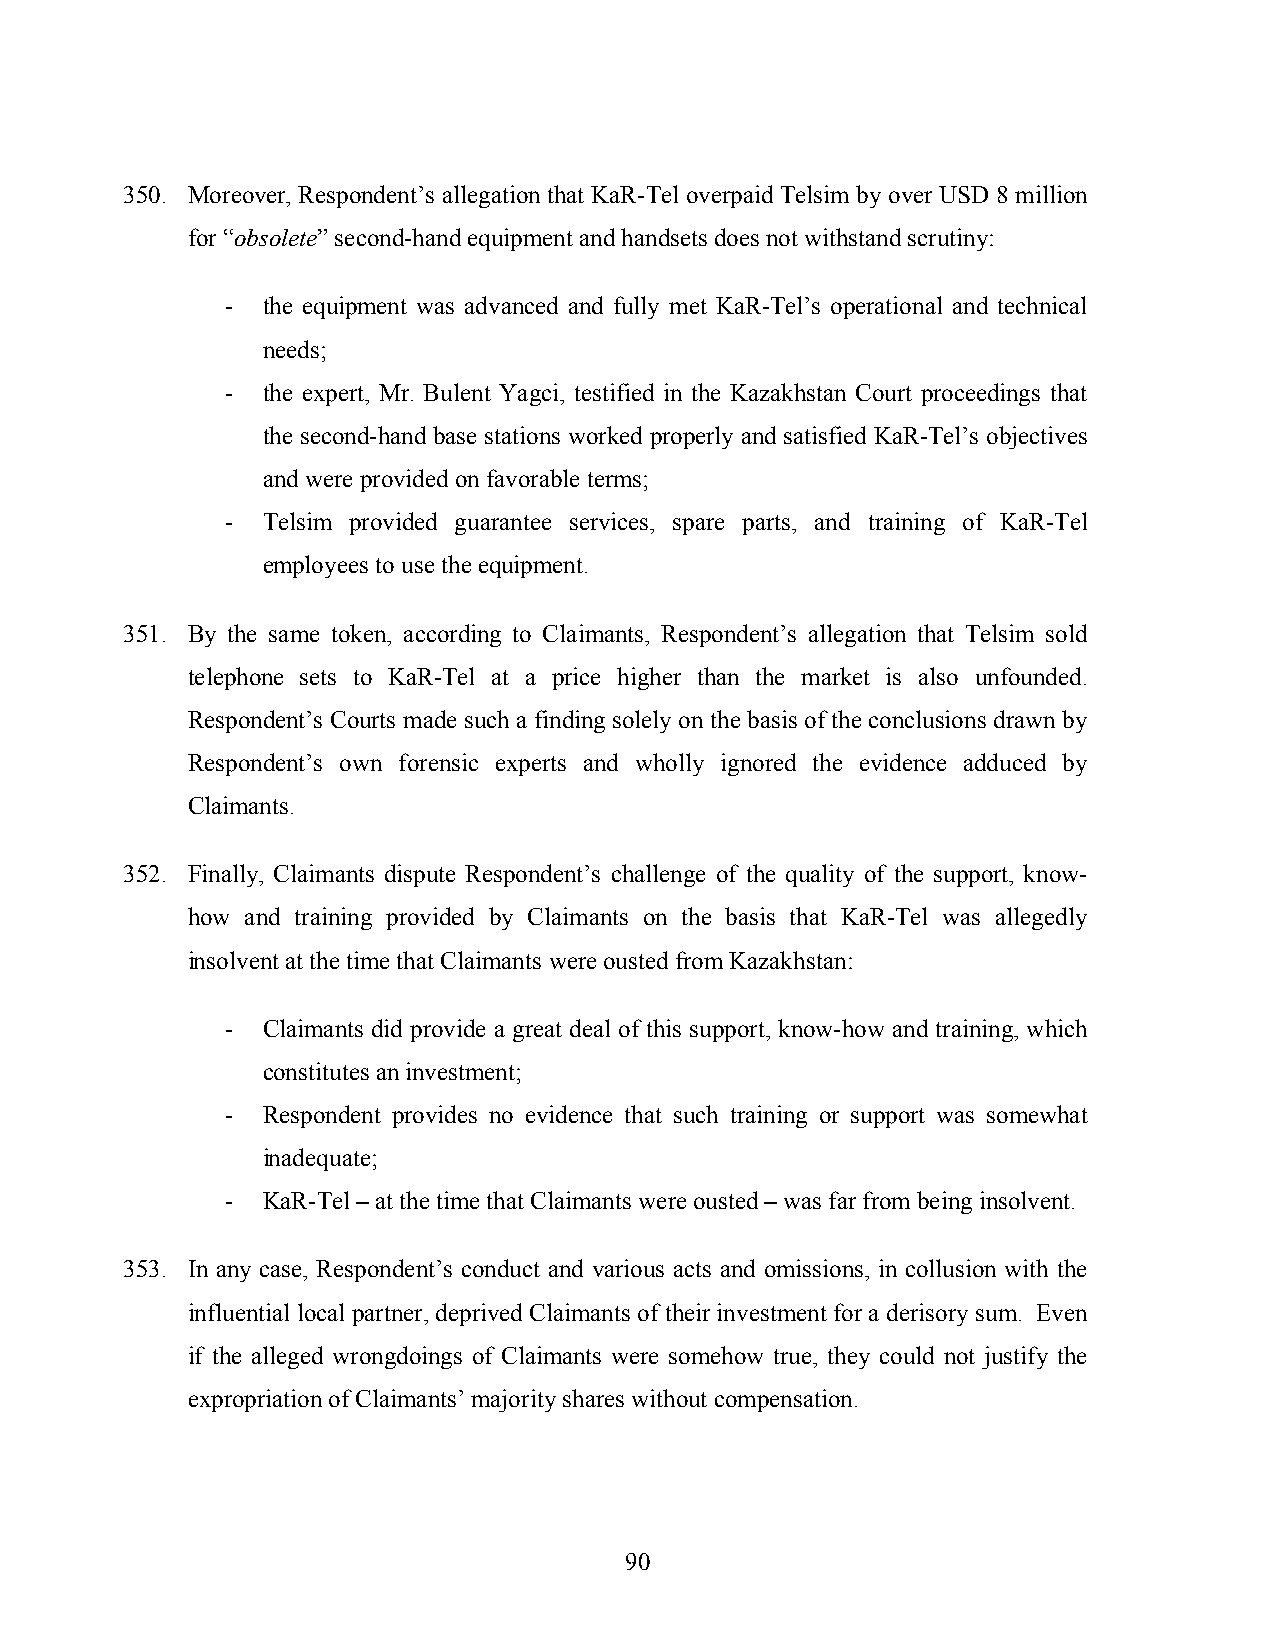
350. Moreover, Respondent’s allegation that KaR-Tel overpaid Telsim by over USD 8 million
 for “obsolete” second-hand equipment and handsets does not withstand scrutiny:
 - the equipment was advanced and fully met KaR-Tel’s operational and technical
 needs;
 - the expert, Mr. Bulent Yagci, testified in the Kazakhstan Court proceedings that
 the second-hand base stations worked properly and satisfied KaR-Tel’s objectives
 and were provided on favorable terms;
 - Telsim provided guarantee services, spare parts, and training of KaR-Tel
 employees to use the equipment.
 351. By the same token, according to Claimants, Respondent’s allegation that Telsim sold
 telephone sets to KaR-Tel at a price higher than the market is also unfounded.
 Respondent’s Courts made such a finding solely on the basis of the conclusions drawn by
 Respondent’s own forensic experts and wholly ignored the evidence adduced by
 Claimants.
 352. Finally, Claimants dispute Respondent’s challenge of the quality of the support, know-
 how and training provided by Claimants on the basis that KaR-Tel was allegedly
 insolvent at the time that Claimants were ousted from Kazakhstan:
 - Claimants did provide a great deal of this support, know-how and training, which
 constitutes an investment;
 - Respondent provides no evidence that such training or support was somewhat
 inadequate;
 - KaR-Tel – at the time that Claimants were ousted – was far from being insolvent.
 353. In any case, Respondent’s conduct and various acts and omissions, in collusion with the
 influential local partner, deprived Claimants of their investment for a derisory sum. Even
 if the alleged wrongdoings of Claimants were somehow true, they could not justify the
 expropriation of Claimants’ majority shares without compensation.
 90